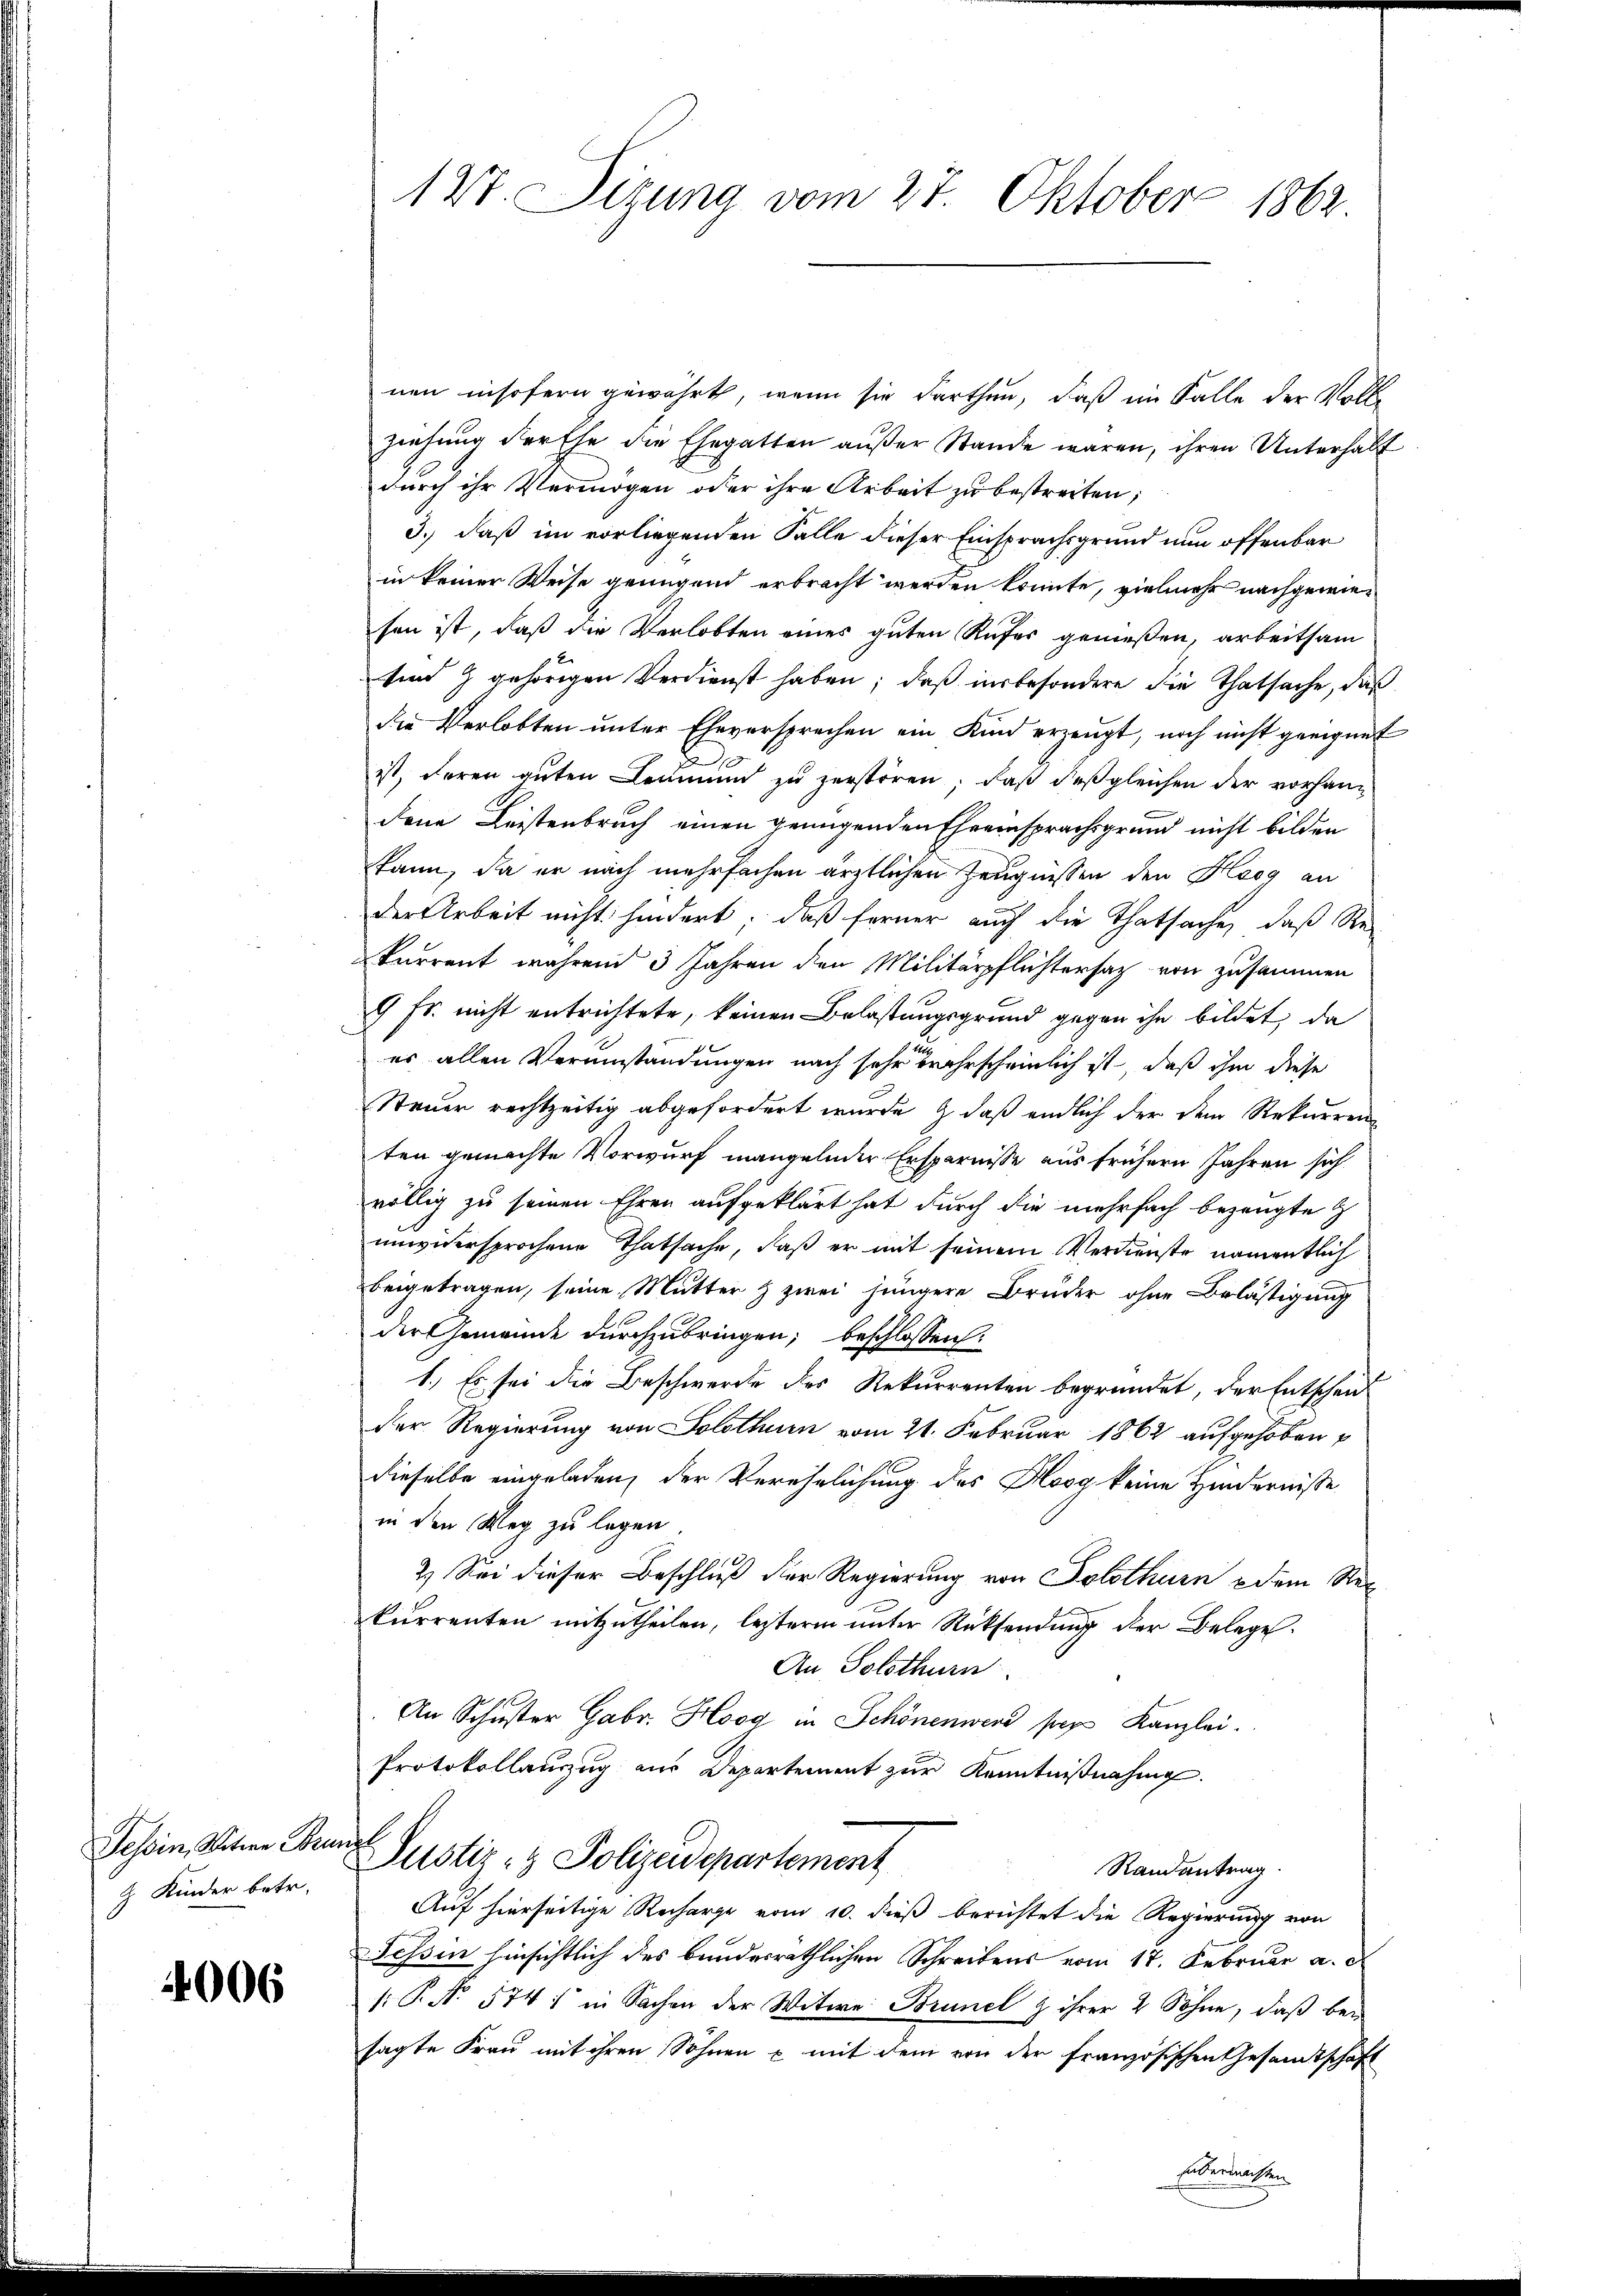
Tessin, Witwe Bra
2 Kinder betr.

4006

127. Sitzung vom 27. Oktober 1862

nen insofern gewährt, wenn sie darthun, daß im Falle der Volle
ziehung der Ehe die Ehegatten außer Stande waren, ihren Unterhalt
durch ihr Vermögen oder ihre Arbeit zu bestreiten;
3.) daß im vorliegenden Falle dieser Einsprachsgrund nun offenbar
in keiner Weise genügend erbracht werden könnte, vielmehr nachgewiesen ist, daß die Verlobten eines guten Rufer genießen, arbeitsam
sind 9 gehörigen Verdienst haben; daß insbesondere die Thatsache, das
die Verlobten ŭnter Eheversprechen ein Kind erzeugt, noch nicht geeignet
ist, deren guten Leumund zu zerstören, daß deßgleichen der vorhandene Leistenbruch einen genügenden Eheeinsprachsgrund nicht bilden
kann, da er nach mehrfachen ärztlichen Zeugnissen den Haag an
der Arbeit nicht hindert; daß ferner auch die Thatsache, daß Re-
kurrent wahrend 3 Jahren den Militärpflichtersaz von zusammen
9 Fr. nicht entrichtete, keinen Belastungsgrund gegen ihn bildet, da
es allen Verumstandungen nach sehr bewahrscheinlich ist, daß ihm diese
Steuer rechtzeitig abgefordert wurde & daß endlich der dem Rekurrenz
ten gemachte Vorwurf mangelnder Ersparnisse aus frühern Jahren sich
völlig zu seinen Ehren aufgeklärt hat durch die mehrfach bezeugte
unwidersprochene Thatsache, daß er mit seinem Verdienste namentlich
beigetragen, seine Mutter & zwei jüngere Bruder ohne Belästigung
der Gemeinde durchzubringen; beschlossen:
1.) Es sei die Beschwerde des Rekurrenten begründet, der Entscheid
der Regierung von Solothurn vom 21. Februar 1862 aufgehoben
dieselbe eingeladen, der Verehelichung des Hosa keine Hinderniße
in den Weg zu legen
2.) Sei dieser Beschluß der Regierung von Solothurn dem Reikurrenten mitzutheilen, leztere unter Rücksendung der Belege
An Solothurn
An Schuster Gebr. Hoog in Schönenwerd ses Kanzlei.
Protokollauszug aus Departement zur Kenntnißnahme.
f
Justiz- & Polizeidepartement
Randantrag.
Auf hierseitige Recharge vom 10. dieß berichtet die Regierung von
essin hinsichtlich des bundesräthlichen Schreibens vom 17. Februar a. d.
s: P. No 5741 in Sachen der Witwe Brunel & ihrer 2 Söhne, daß bei
sagte Frau mit ihren Söhnen u mit dem von der französischen Gesandtschaft
übermachten